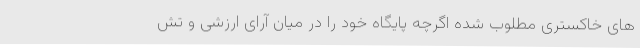
های خاکستری مطلوب شده اگرچه پایگاه خود را در میان آرای ارزشی و تش